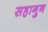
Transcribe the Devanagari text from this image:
सहागुन